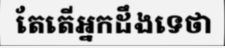
តែតើអ្នកដឹងទេថា